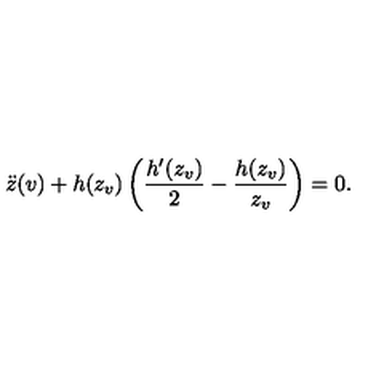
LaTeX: \ddot { z } ( v ) + h ( z _ { v } ) \left( { \frac { h ^ { \prime } ( z _ { v } ) } { 2 } } - { \frac { h ( z _ { v } ) } { z _ { v } } } \right) = 0 .